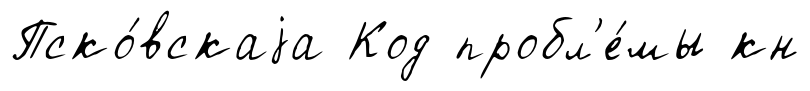
Пско́вскаjа Код пробл'е́мы кн